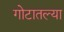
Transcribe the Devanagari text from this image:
गोटातल्या